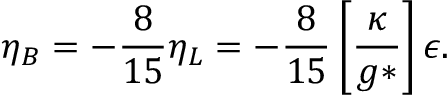
\eta _ { B } = - \frac { 8 } { 1 5 } \eta _ { L } = - \frac { 8 } { 1 5 } \left[ \frac { \kappa } { g * } \right] \epsilon .